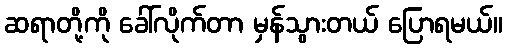
ဆရာတို့ကို ခေါ်လိုက်တာ မှန်သွားတယ် ပြောရမယ်။